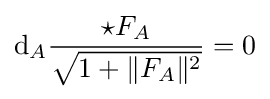
\mathrm {d} _{A}{\frac {\star F_{A}}{\sqrt {1+\|F_{A}\|^{2}}}}=0